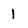
Character: 1